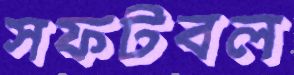
সফটবল